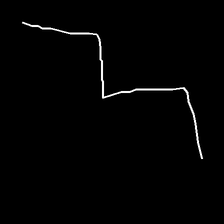
Glyph: crush